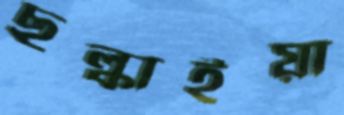
ছল্‌কাইয়া